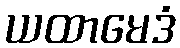
ယထာမေဒံ